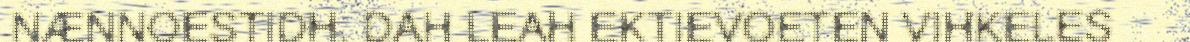
NÆNNOESTIDH. DAH LEAH EKTIEVOETEN VIHKELES